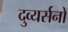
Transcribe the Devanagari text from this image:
दुव्यर्सनों